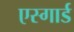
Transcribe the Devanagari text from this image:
एस्गार्ड